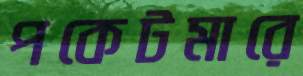
পকেটমারে